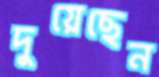
দুয়েছেন